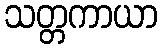
သတ္တကာယာ